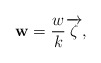
\begin{align*}\mathbf{w}=\frac{w}{k}\overrightarrow{\zeta},\end{align*}